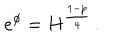
e ^ { \phi } = H ^ { \frac { 1 - p } { 4 } } \, .